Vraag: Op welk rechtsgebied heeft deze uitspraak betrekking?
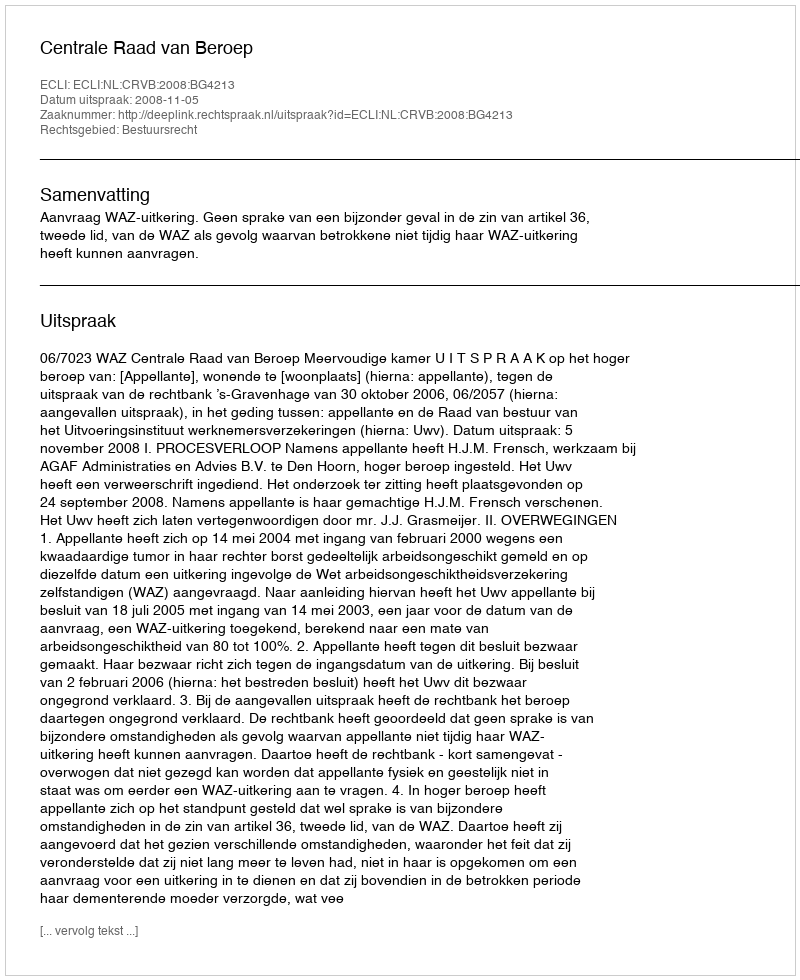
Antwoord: Bestuursrecht